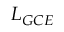
L _ { G C E }